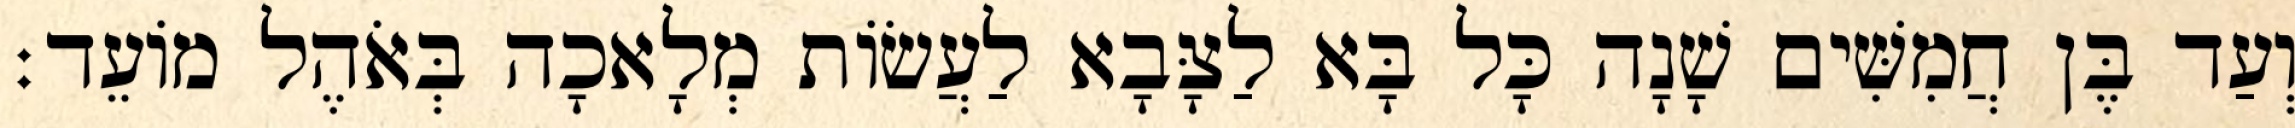
וְעַד בֶּן חֲמִשִּׁים שָׁנָה כָּל בָּא לַצָּבָא לַעֲשׂוֹת מְלָאכָה בְּאֹהֶל מוֹעֵד׃